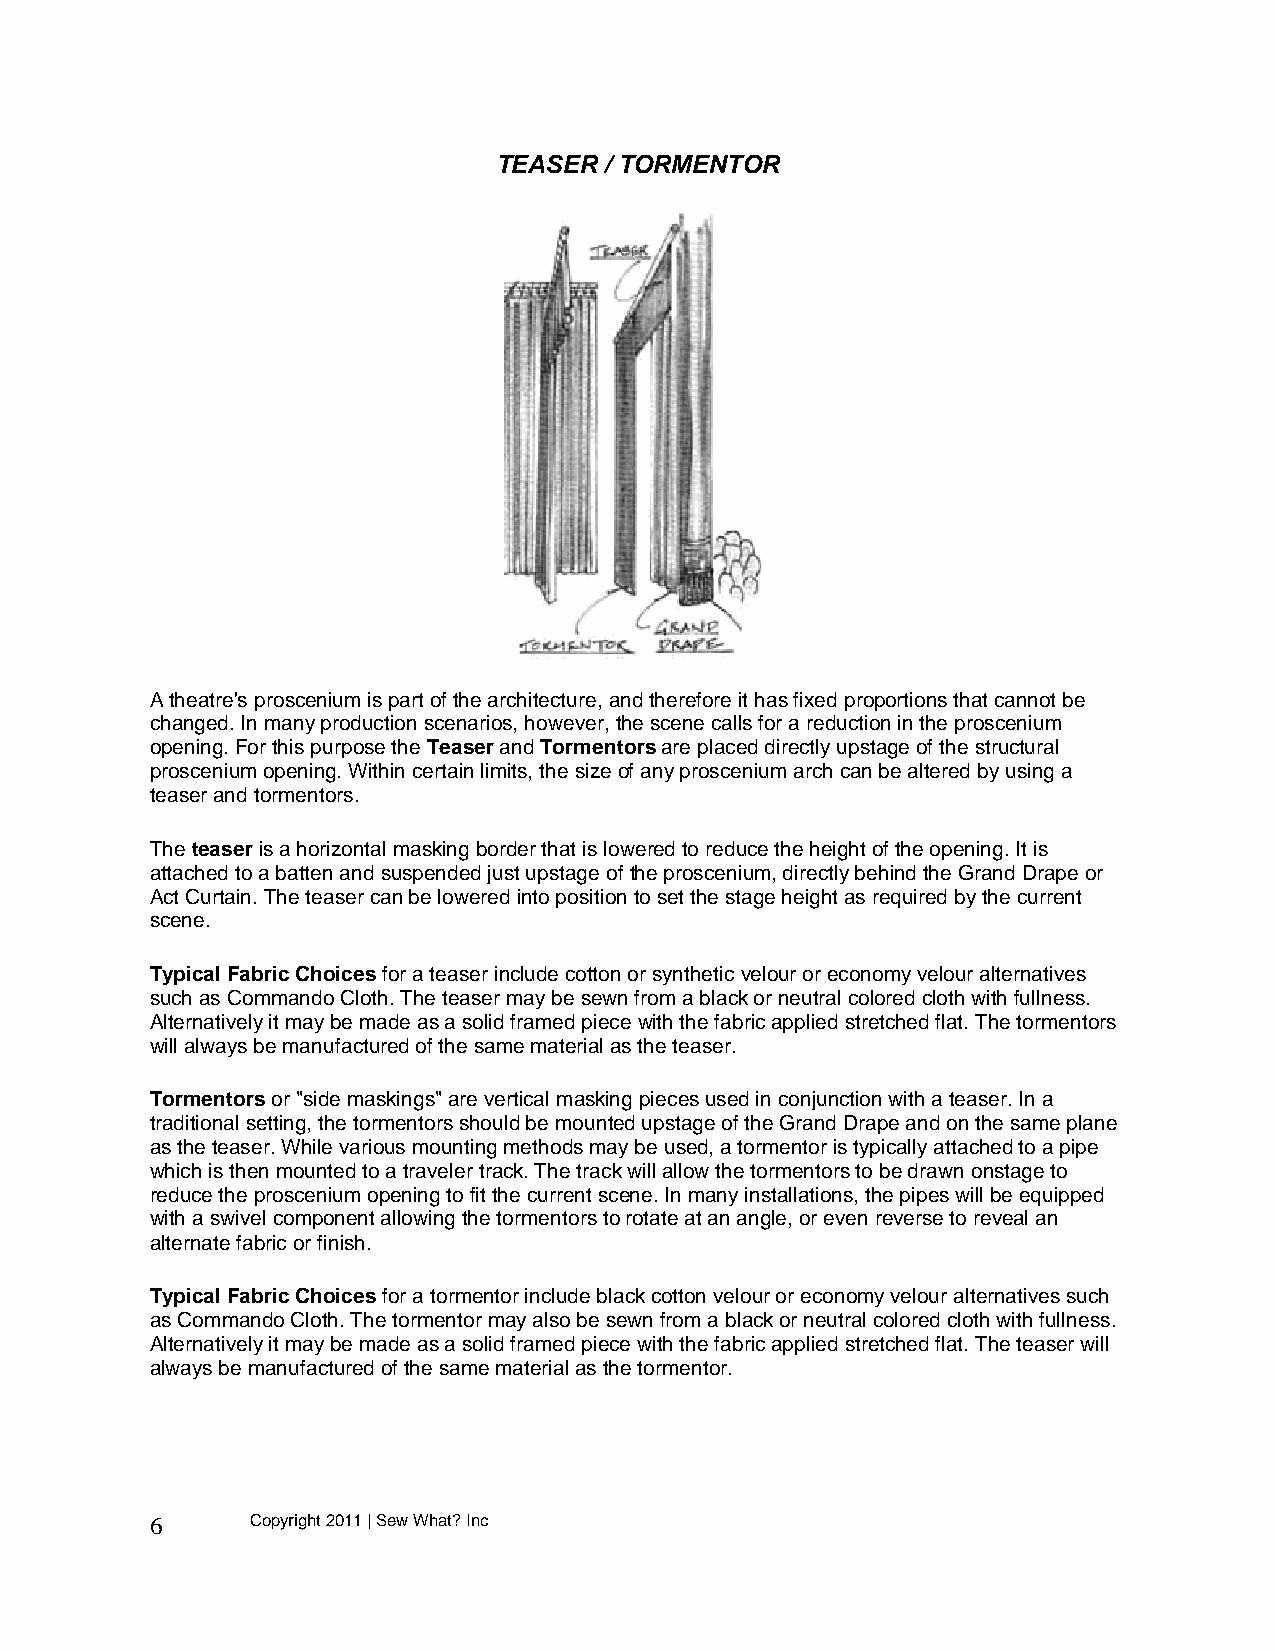
TEASER / TORMENTOR
 A theatre's proscenium is part of the architecture, and therefore it has fixed proportions that cannot be
 changed. In many production scenarios, however, the scene calls for a reduction in the proscenium
 opening. For this purpose the Teaser and Tormentors are placed directly upstage of the structural
 proscenium opening. Within certain limits, the size of any proscenium arch can be altered by using a
 teaser and tormentors.
 The teaser is a horizontal masking border that is lowered to reduce the height of the opening. It is
 attached to a batten and suspended just upstage of the proscenium, directly behind the Grand Drape or
 Act Curtain. The teaser can be lowered into position to set the stage height as required by the current
 scene.
 Typical Fabric Choices for a teaser include cotton or synthetic velour or economy velour alternatives
 such as Commando Cloth. The teaser may be sewn from a black or neutral colored cloth with fullness.
 Alternatively it may be made as a solid framed piece with the fabric applied stretched flat. The tormentors
 will always be manufactured of the same material as the teaser.
 Tormentors or "side maskings" are vertical masking pieces used in conjunction with a teaser. In a
 traditional setting, the tormentors should be mounted upstage of the Grand Drape and on the same plane
 as the teaser. While various mounting methods may be used, a tormentor is typically attached to a pipe
 which is then mounted to a traveler track. The track will allow the tormentors to be drawn onstage to
 reduce the proscenium opening to fit the current scene. In many installations, the pipes will be equipped
 with a swivel component allowing the tormentors to rotate at an angle, or even reverse to reveal an
 alternate fabric or finish.
 Typical Fabric Choices for a tormentor include black cotton velour or economy velour alternatives such
 as Commando Cloth. The tormentor may also be sewn from a black or neutral colored cloth with fullness.
 Alternatively it may be made as a solid framed piece with the fabric applied stretched flat. The teaser will
 always be manufactured of the same material as the tormentor.
 6      Copyright 2011 | Sew What? Inc